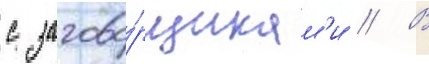
с загово́рщикам'и // В